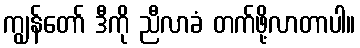
ကျွန်တော် ဒီကို ညီလာခံ တက်ဖို့လာတာပါ။